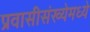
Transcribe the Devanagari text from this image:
प्रवासीसंख्येमध्ये